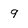
Character: 9